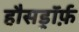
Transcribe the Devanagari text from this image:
हौसड्रॉर्फ़